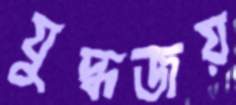
যুদ্ধজয়